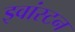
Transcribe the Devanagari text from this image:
इवांस्टन